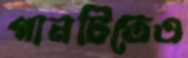
গানটিতেও